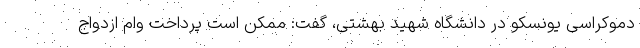
دموکراسی یونسکو در دانشگاه شهید بهشتی، گفت: ممکن است پرداخت وام ازدواج